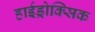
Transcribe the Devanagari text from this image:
हाईड्रोक्सिक